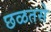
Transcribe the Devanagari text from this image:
छळतसे